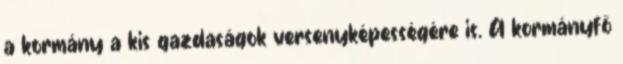
a kormány a kis gazdaságok versenyképességére is. A kormányfő